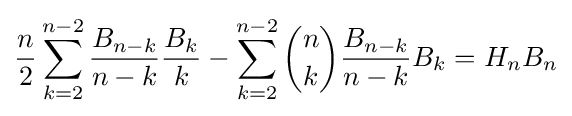
{\frac {n}{2}}\sum _{k=2}^{n-2}{\frac {B_{n-k}}{n-k}}{\frac {B_{k}}{k}}-\sum _{k=2}^{n-2}{\binom {n}{k}}{\frac {B_{n-k}}{n-k}}B_{k}=H_{n}B_{n}